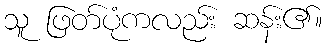
သူ ဖြတ်ပုံကလည်း ဆန်း၏။